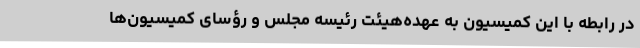
در رابطه با این کمیسیون به عهده‌هیئت رئیسه مجلس و رؤسای کمیسیون‌ها